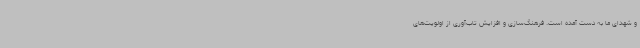
و شهدای ما به دست آمده است. فرهنگ‌سازی و افزایش تاب‌آوری از اولویت‌های